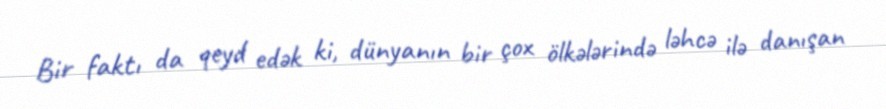
Bir faktı da qeyd edək ki, dünyanın bir çox ölkələrində ləhcə ilə danışan